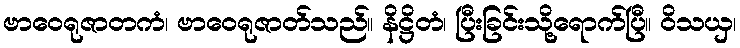
ဗာဝေရုဇာတကံ၊ ဗာဝေရုဇာတ်သည်။ နိဋ္ဌိတံ၊ ပြီးခြင်းသို့ရောက်ပြီ။ ဝိသယှ၊